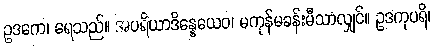
ဥဒကေ၊ ရေသည်။ အပရိယာဒိန္နေယေဝ၊ မကုန်မခန်းမီသာလျှင်။ ဥဒကုပရိ၊